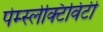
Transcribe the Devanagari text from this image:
पेर्म्स्लेक्टिविटी